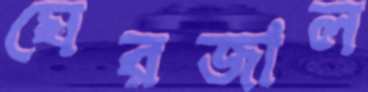
ঘেরজাল